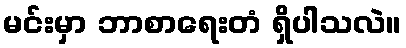
မင်းမှာ ဘာစာရေးတံ ရှိပါသလဲ။